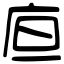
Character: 㡺